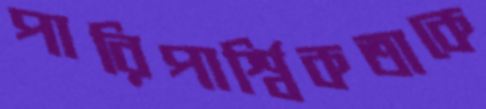
পারিপার্শ্বিকতাকে